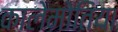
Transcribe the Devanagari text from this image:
कालेमोतिया